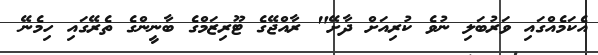
އެކަމެއްގައި ވަރުބަލި ނުވެ ކުރިއަށް ދާށޭ" ރާއްޖޭގެ ޓޫރިޒަމްގެ ބާނީންގެ ތެރޭގައި ހިމެނޭ